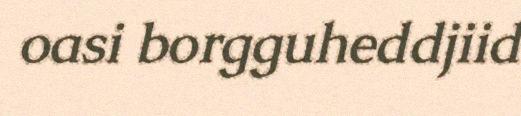
oasi borgguheddjiid